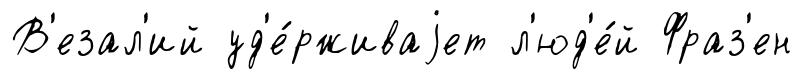
В'езал'ий уд'е́рживаjет л'юд'е́й Фраз'ен